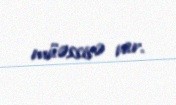
müəssisə var.